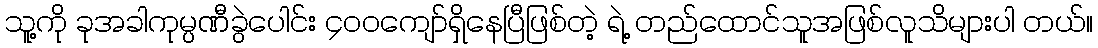
သူ့ကို ခုအခါကုမ္ပဏီခွဲပေါင်း ၄၀၀ကျော်ရှိနေပြီဖြစ်တဲ့ ရဲ့ တည်ထောင်သူအဖြစ်လူသိများပါ တယ်။